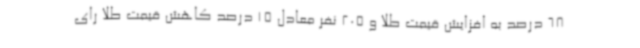
68 درصد به افزایش قیمت طلا و 205 نفر معادل 15 درصد کاهش قیمت طلا رای